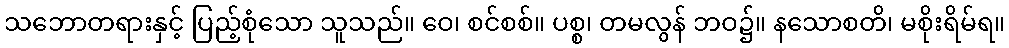
သဘောတရားနှင့် ပြည့်စုံသော သူသည်။ ဝေ၊ စင်စစ်။ ပစ္စ၊ တမလွန် ဘဝ၌။ နသောစတိ၊ မစိုးရိမ်ရ။